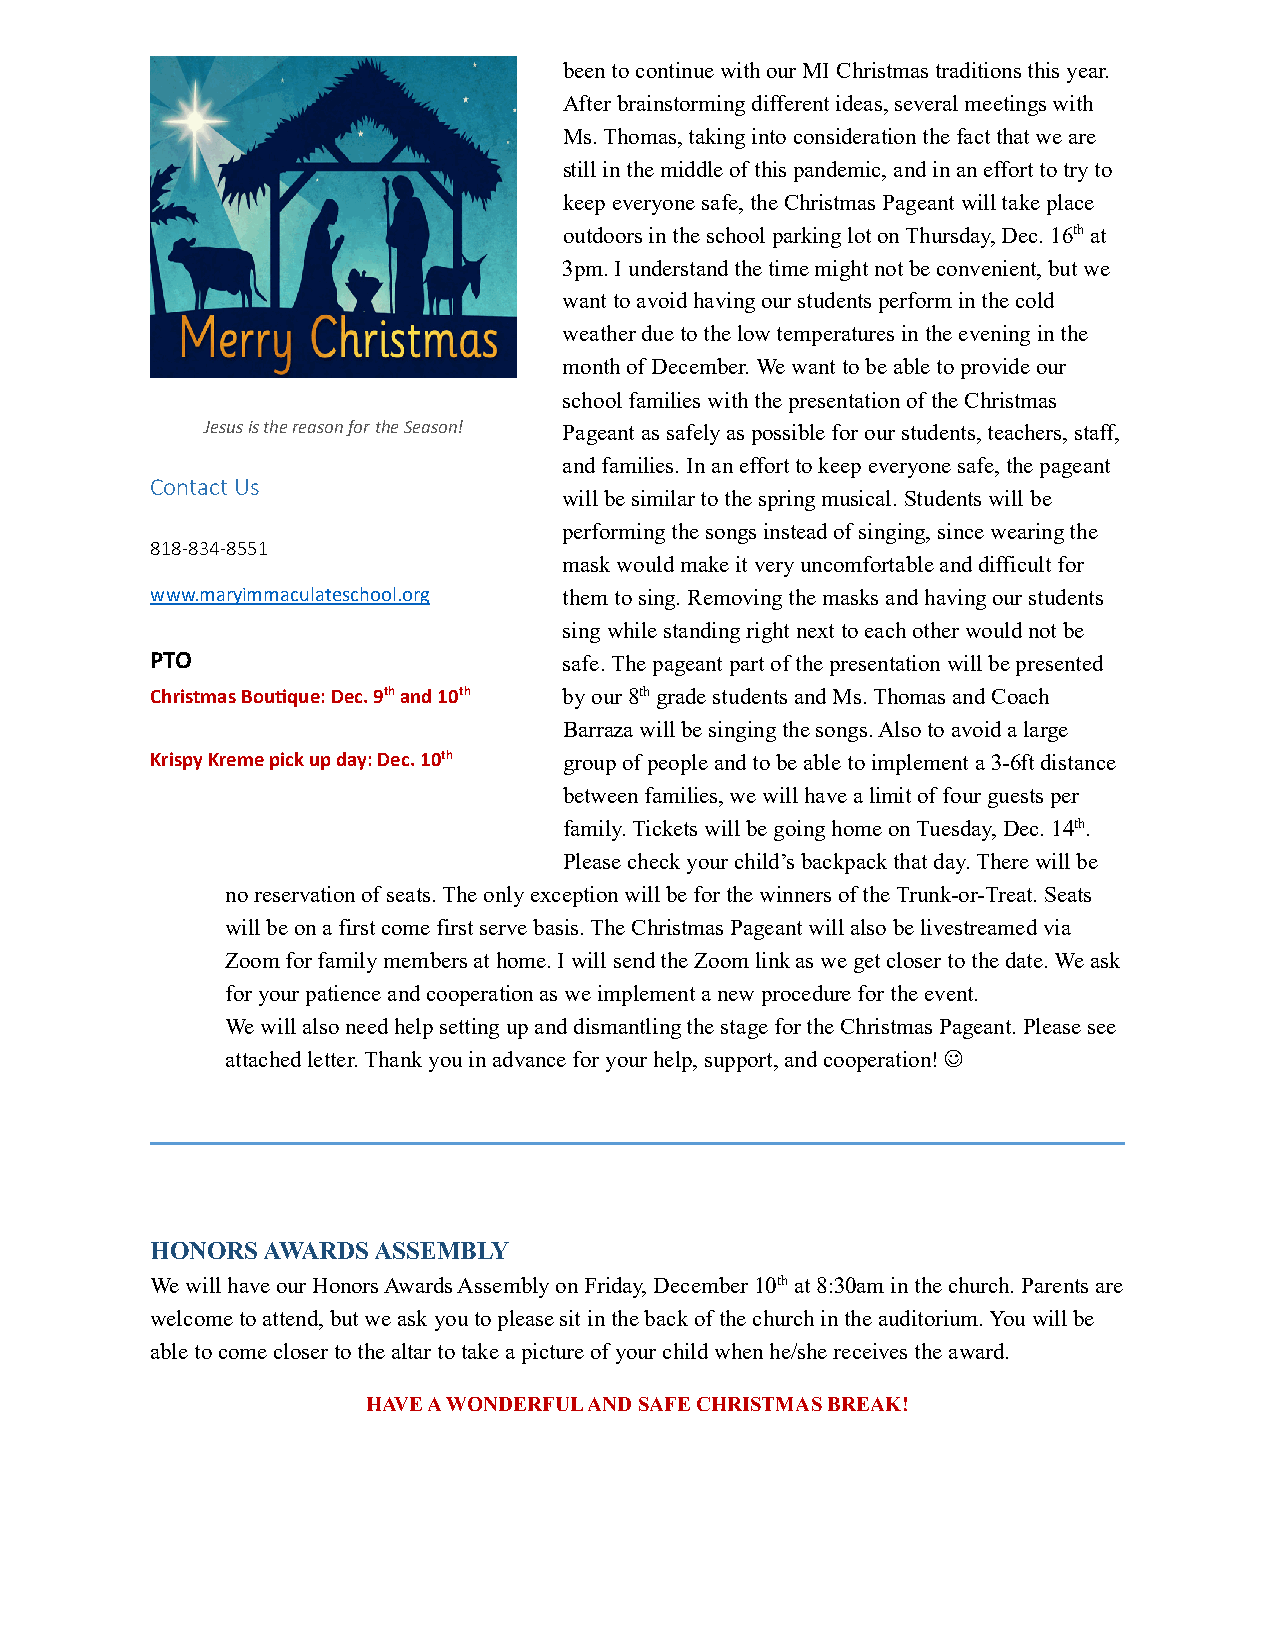
been to continue with our MI Christmas traditions this year.
 After brainstorming different ideas, several meetings with
 Ms. Thomas, taking into consideration the fact that we are
 still in the middle of this pandemic, and in an effort to try to
 keep everyone safe, the Christmas Pageant will take place
 outdoors in the school parking lot on Thursday, Dec. 16th at
 3pm. I understand the time might not be convenient, but we
 want to avoid having our students perform in the cold
 weather due to the low temperatures in the evening in the
 month of December. We want to be able to provide our
 school families with the presentation of the Christmas
 Jesus is the reason for the Season! Pageant as safely as possible for our students, teachers, staff,
 and families. In an effort to keep everyone safe, the pageant
 Contact Us
 will be similar to the spring musical. Students will be
 performing the songs instead of singing, since wearing the
 818-834-8551
 mask would make it very uncomfortable and difficult for
 www.maryimmaculateschool.org them to sing. Removing the masks and having our students
 sing while standing right next to each other would not be
 PTO                        safe. The pageant part of the presentation will be presented
 Christmas Bou�que: Dec. 9th and 10th by our 8th grade students and Ms. Thomas and Coach
 Barraza will be singing the songs. Also to avoid a large
 Krispy Kreme pick up day: Dec. 10th group of people and to be able to implement a 3-6ft distance
 between families, we will have a limit of four guests per
 family. Tickets will be going home on Tuesday, Dec. 14th.
 Please check your child’s backpack that day. There will be
 no reservation of seats. The only exception will be for the winners of the Trunk-or-Treat. Seats
 will be on a first come first serve basis. The Christmas Pageant will also be livestreamed via
 Zoom for family members at home. I will send the Zoom link as we get closer to the date. We ask
 for your patience and cooperation as we implement a new procedure for the event.
 We will also need help setting up and dismantling the stage for the Christmas Pageant. Please see
 attached letter. Thank you in advance for your help, support, and cooperation! 
 H O NORS AWARDS ASSEMBLY
 We will have our Honors Awards Assembly on Friday, December 10th at 8:30am in the church. Parents are
 welcome to attend, but we ask you to please sit in the back of the church in the auditorium. You will be
 able to come closer to the altar to take a picture of your child when he/she receives the award.
 HAVE A WONDERFUL AND SAFE CHRISTMAS BREAK!